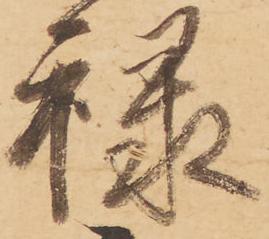
禄